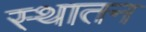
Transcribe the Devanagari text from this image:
स्थातन